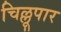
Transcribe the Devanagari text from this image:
चिल्लूपार